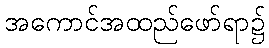
အကောင်အထည်ဖော်ရာ၌